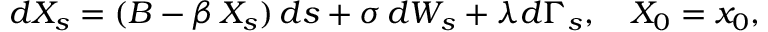
d X _ { s } = ( B - \beta \, X _ { s } ) \, d s + \sigma \, d W _ { s } + \lambda d \Gamma _ { s } , \quad X _ { 0 } = x _ { 0 } ,